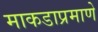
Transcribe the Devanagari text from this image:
माकडाप्रमाणे